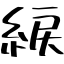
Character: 綟